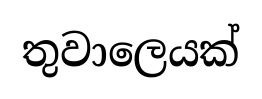
තුවාලෙයක්